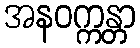
အနဝက္ကန္တာ